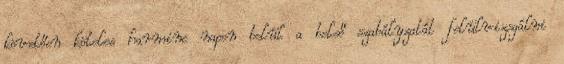
követően köteles harminc napon belül a belső szabályzatát felülvizsgálni